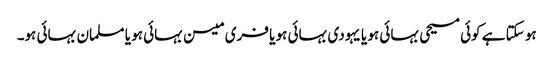
ہو سکتا ہے کوئی مسیحی بہائی ہو یا یہودی بہائی ہو یا فری میسن بہائی ہو یا مسلمان بہائی ہو۔